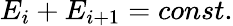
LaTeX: E_{i}+E_{i+1}=const.